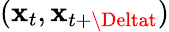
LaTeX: (\mathbf{x}_{t},\mathbf{x}_{t+\Deltat})